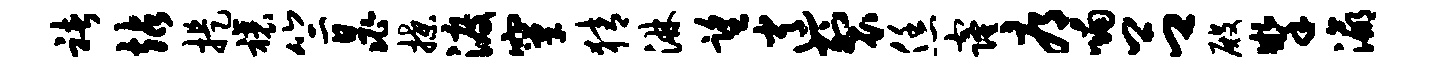
褚站提禳竺晁揲渡窠猜淋望逍裂恁窿辱喃吕殿掣瀛